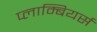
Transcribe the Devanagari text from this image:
प्लाम्बियर्स